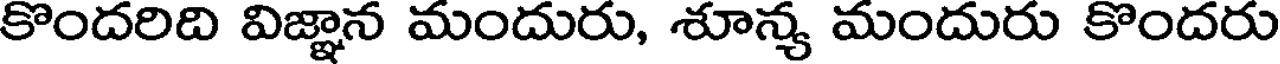
కొందరిది విజ్ఞాన మందురు, శూన్య మందురు కొందరు